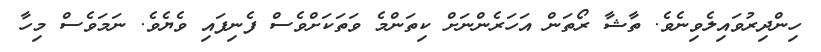
ހިންދިރުވައިލެވިނެވެ. ތާޝާ ރޯތަން އަހަރެންނަށް ކިތަންމެ ވަތަކަށްވެސް ފެނިފައި ވެޔެވެ. ނަމަވެސް މިހާ